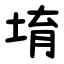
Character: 堉